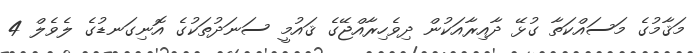
މަޤާމުގެ މަސައްކަތާ ގުޅޭ ދާއިރާއަކުން ދިވެހިރާއްޖޭގެ ޤައުމީ ސަނަދުތަކުގެ އޮނިގަނޑުގެ ލެވެލް 4